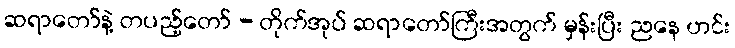
ဆရာတော်နဲ့ တပည့်တော် - တိုက်အုပ် ဆရာတော်ကြီးအတွက် မှန်းပြီး ညနေ ဟင်း